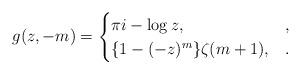
LaTeX: \begin{align*}g(z,-m)=\begin{cases}\pi i-\log z, &,\\\{1-(-z)^m\}\zeta(m+1),&.\end{cases}\end{align*}